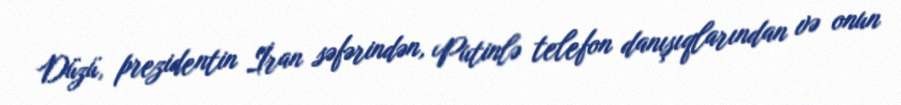
Düzü, prezidentin İran səfərindən, Putinlə telefon danışıqlarından və onun